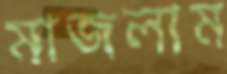
মাজলাম